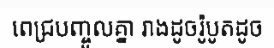
ពេជ្របញ្ចូលគ្នា រាងដូចរ៉ូបូតដូច